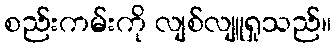
စည်းကမ်းကို လျစ်လျူရှုသည်။